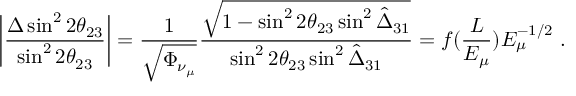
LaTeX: \left| \frac { \Delta \sin ^ { 2 } 2 \theta _ { 2 3 } } { \sin ^ { 2 } 2 \theta _ { 2 3 } } \right| = \frac { 1 } { \sqrt { \Phi _ { \nu _ { \mu } } } } \frac { \sqrt { 1 - \sin ^ { 2 } 2 \theta _ { 2 3 } \sin ^ { 2 } \hat { \Delta } _ { 3 1 } } } { \sin ^ { 2 } 2 \theta _ { 2 3 } \sin ^ { 2 } \hat { \Delta } _ { 3 1 } } = f ( \frac { L } { E _ { \mu } } ) E _ { \mu } ^ { - 1 / 2 } ~ .